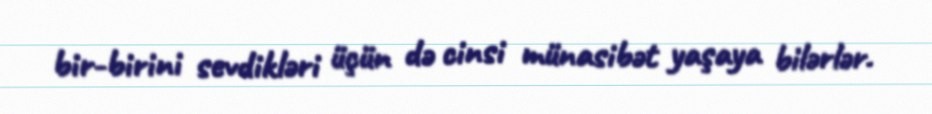
bir-birini sevdikləri üçün də cinsi münasibət yaşaya bilərlər.